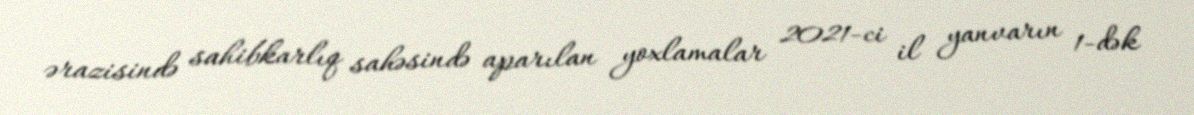
ərazisində sahibkarlıq sahəsində aparılan yoxlamalar 2021-ci il yanvarın 1-dək